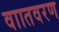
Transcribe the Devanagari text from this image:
वाातवरण